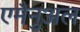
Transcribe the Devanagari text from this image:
एमैनुअल